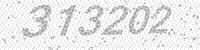
Solution: 313202